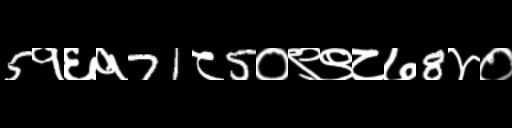
Text: 5१६१71८5०९९८७8४०